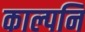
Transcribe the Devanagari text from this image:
काल्पनि